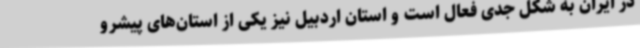
در ایران به شکل جدی فعال است و استان اردبیل نیز یکی از استان‌های پیشرو